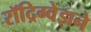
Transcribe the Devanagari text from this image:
रॉद्रिग्वेझने